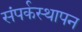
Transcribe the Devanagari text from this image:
संपर्कस्थापन